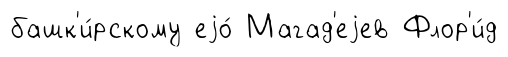
башк'и́рскому еjо́ Магад'еjев Флор'и́д